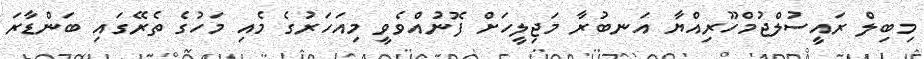
މިބިލް ރައީސުލްޖުމްހޫރިއްޔާ އަނބުރާ މަޖިލީހަށް ފޮނުއްވެވީ މިއަހަރުގެ މެއި މަހުގެ ތެރޭގައި ބަންޑާރަ